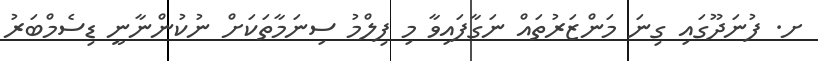
ށ. ފުނަދޫގައި ގިނަ މަންޒަރުތައް ނަގާފައިވާ މި ފިލްމު ސިނަމާތަކަށް ނުކުންނާނީ ޑިސެމްބަރު